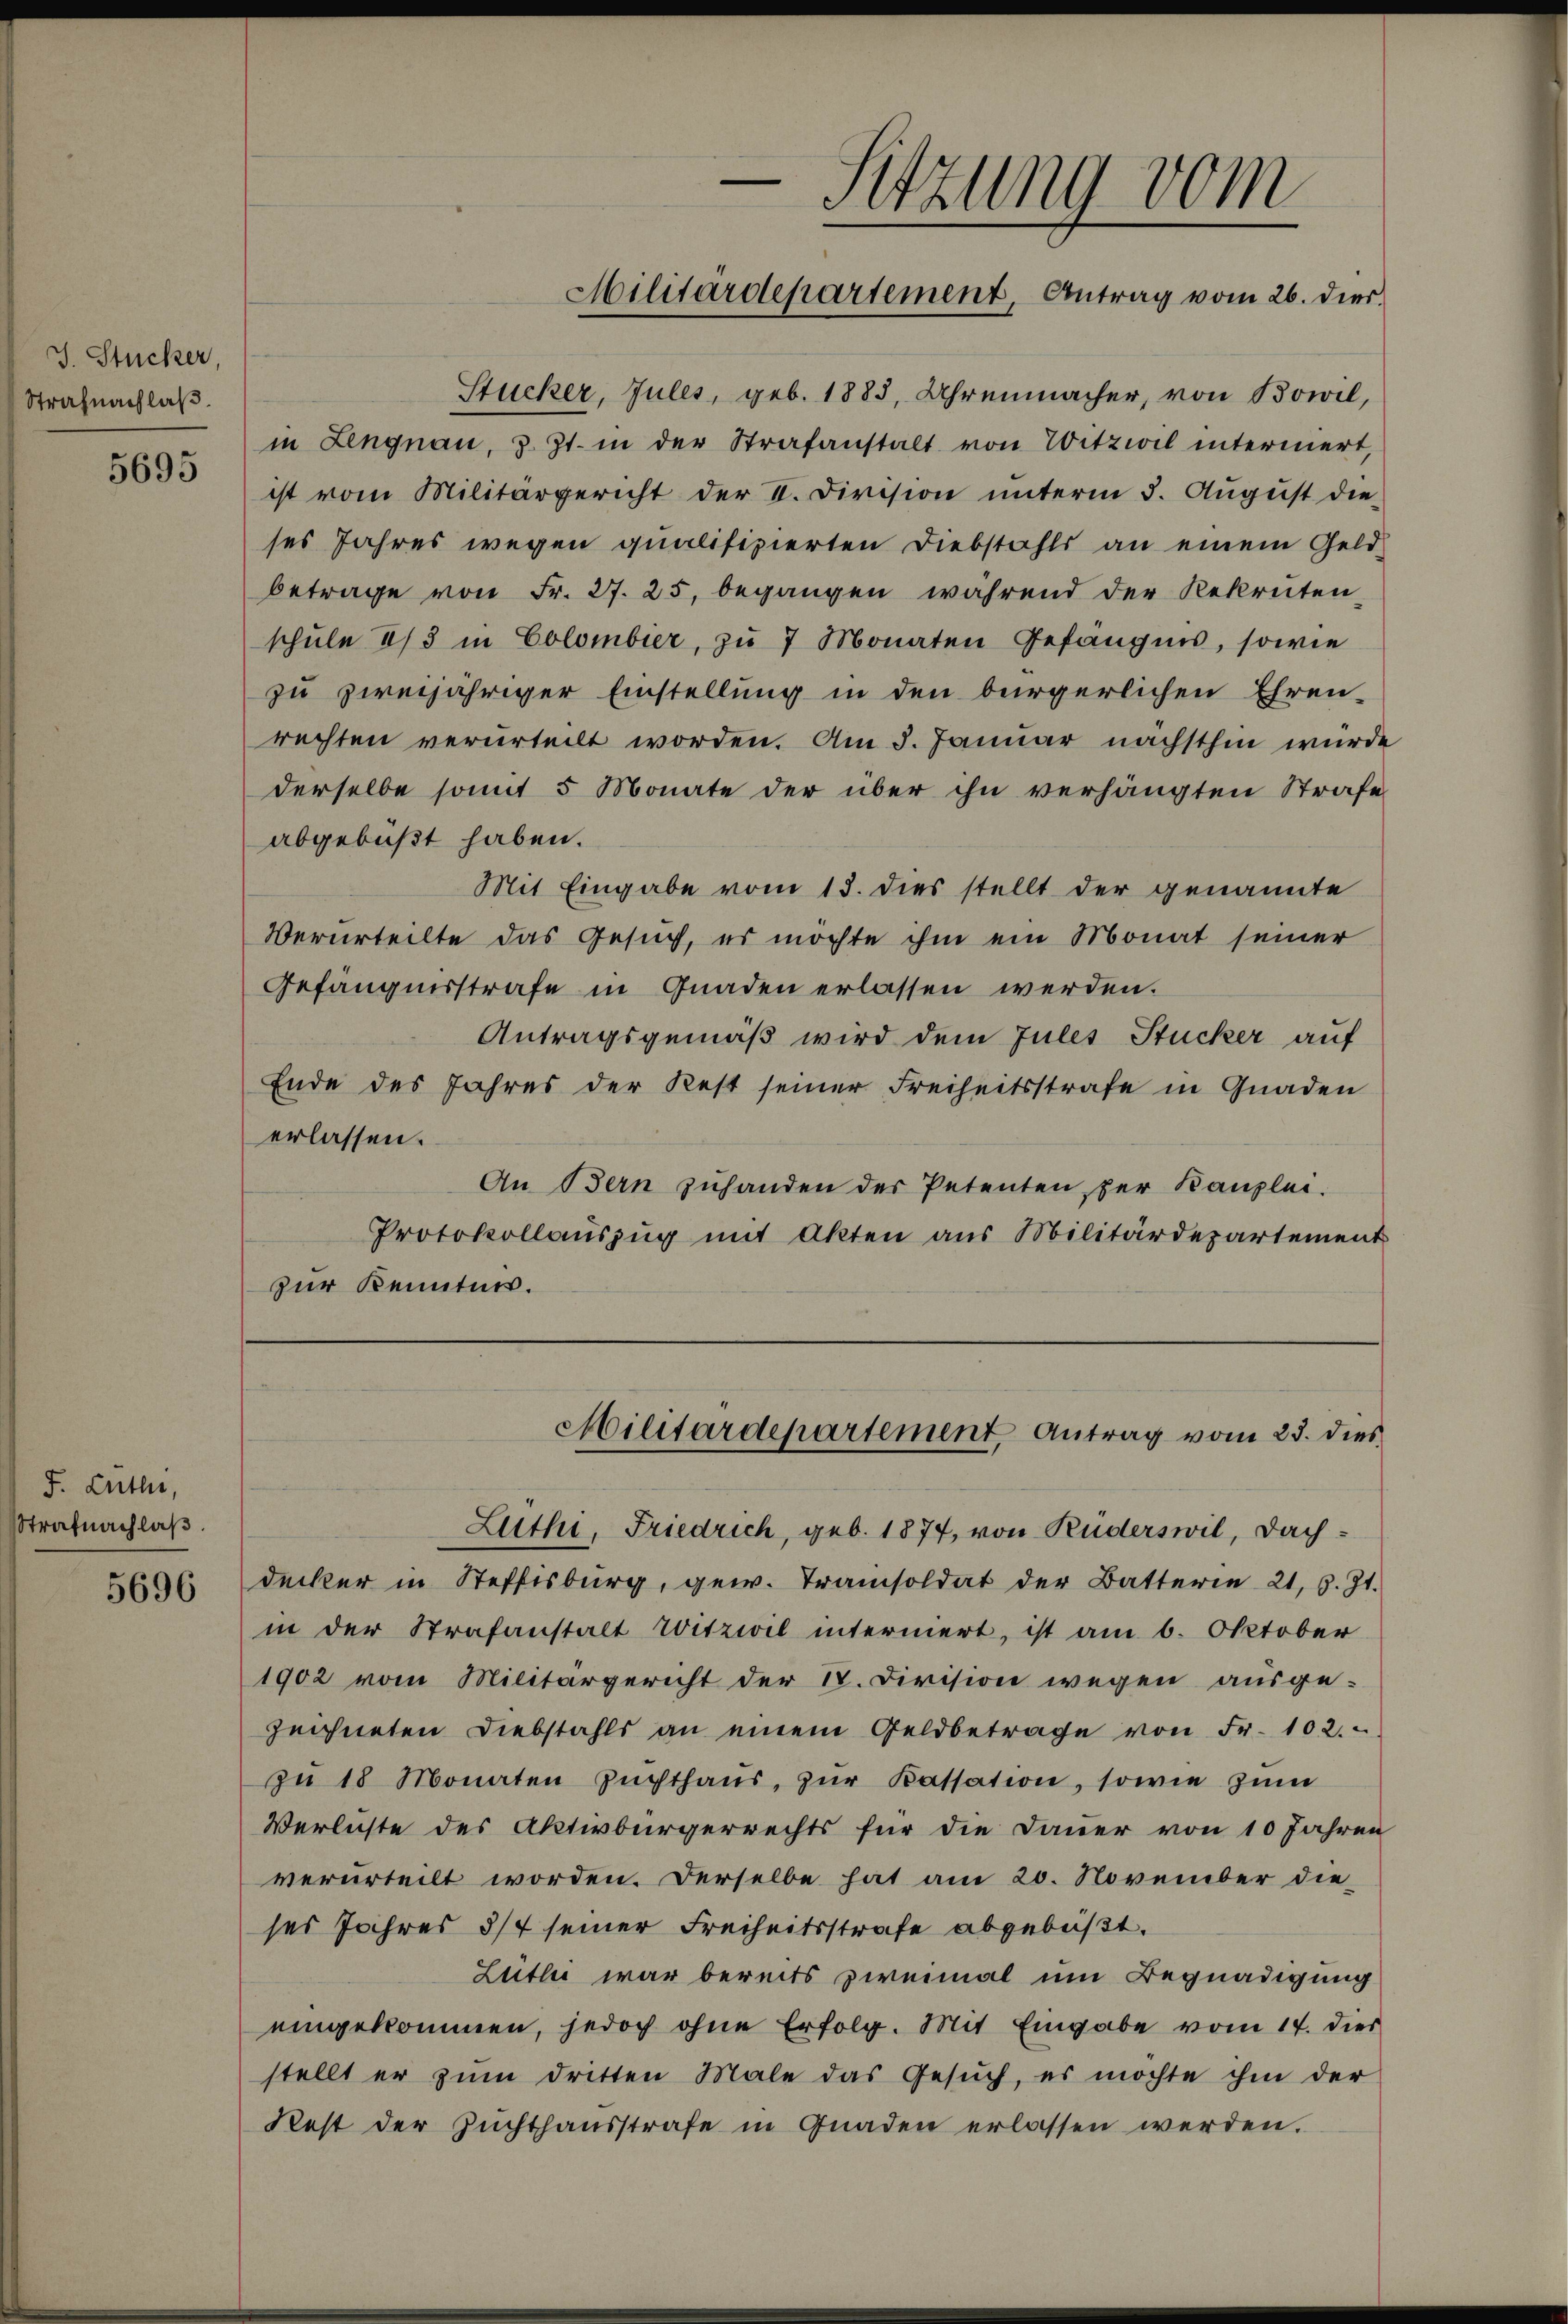
J. Stücker,
Strafnachlaß.

5695

F. Lüther,
Strafnachlaβ.
5696

Sitzung vom
Militärdepartement, Antrag vom 26. dies

Militärdepartement, Antrag vom 23. dies

Stücker, Jules, geb. 1885, Uhrenmacher, von Bowil,
in Lengnau, z. Zt. in der Strafanstalt von Witzwil interniert,
ist vom Militärgericht der V. Division ŭnterm 3. Aŭgŭst die
ses Jahres wegen qualifizierten Diebstahls an einem Geld-
betrage von Fr. 27. 25. begangen während der Rekruten-
schule 2/3 in Colombier, zu 7 Monaten Gefängnis, sowie
zu zweijähriger Einstellung in den bürgerlichen Ehren-
rechten verurteilt worden. Am 3. Januar nächsthin würde
derselbe somit 5 Monate der über ihn verhängten Strafe
abgebüßt haben.
Mit Eingabe vom 13. dies stellt der genannte
Verurteilte das Gesuch, es möchte ihm ein Monat seiner
Gefängnisstrafe in Gnaden erlassen werden.
Antragsgemäß wird dem Jules Stucker auf
Ende des Jahres der Rest seiner Freiheitsstrafe in Gnaden
erlassen.
An Bern zuhanden der Petenten per Kanzlei.
Protokollauszug mit Akten aus Militärdepartement
zur Kenntnis.

Zuthi, Friedrich, geb. 1877, von Rüderswil, Dachdecker in Steffisburg, gew. Tramisoldat der Batterie 21, s. Zt.
in der Strafanstalt Witzwil interniert, ist am 6. Oktober
1902 vom Militärgericht der St. Division wegen ausge-
zeichneten Diebstahls an einem Geldbetrage von Fr. 102.
zŭ 18 Monaten Zŭchthaŭs zŭr Kassation, sowie zum
Verluste des Aktivbürgerrechts für die Dauer von 10 Jahren
verurteilt worden. Derselbe hat am 20. November die
ses Jahres 3/4 seiner Freiheitsstrafe abgebüßt.
Leither war bereits zweimal um Begnadigung
eingekommen, jedoch ohne Erfolg. Mit Eingabe vom 14. dies
stellt er zŭm Dritten Male das Gesŭch, es möchte ihm der
Rest der Zuchthausstrafe in Gnaden erlassen werden.